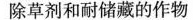
除草剂和耐储藏的作物